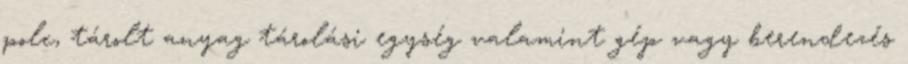
polc, tárolt anyag tárolási egység valamint gép vagy berendezés